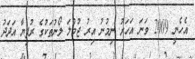
އެހެނީ 2009 ވަނަ އަހަރު ނިމުނު އިރު ޖުމްލަ ލޯނުތަކުގެ ރުފިޔާ އަދަދު